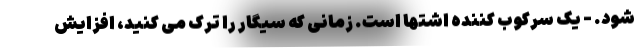
شود. - یک سرکوب کننده اشتها است. زمانی که سیگار را ترک می کنید، افزایش